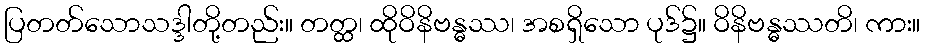
ပြတတ်သောသဒ္ဒါတို့တည်း။ တတ္ထ၊ ထိုဝိနိဗန္ဓဿ၊ အစရှိသော ပုဒ်၌။ ဝိနိဗန္ဓဿတိ၊ ကား။